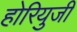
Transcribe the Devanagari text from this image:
होरियुजी